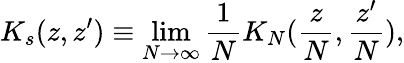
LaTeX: K_{s}(z,z^{\prime})\equiv\operatorname*{lim}_{N\rightarrow\infty}\frac 1NK_{N}(\frac{z}{N},\frac{z^{\prime}}{N}),